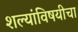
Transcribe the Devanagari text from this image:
शल्यांविषयीचा